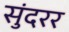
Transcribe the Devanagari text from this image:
सुंदरर